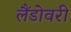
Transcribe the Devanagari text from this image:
लैंडोवरी